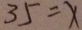
3 5 = x